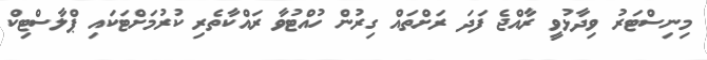
މިނިސްޓަރު ވިދާޅުވީ ރާއްޖެ ފަދަ ރަށްތައް ގިރުން ހުއްޓުވާ ރައްކާތެރި ކުރުމަށްޓަކައި ޕްލާސްޓިކް